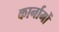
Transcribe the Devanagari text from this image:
कार्नामों